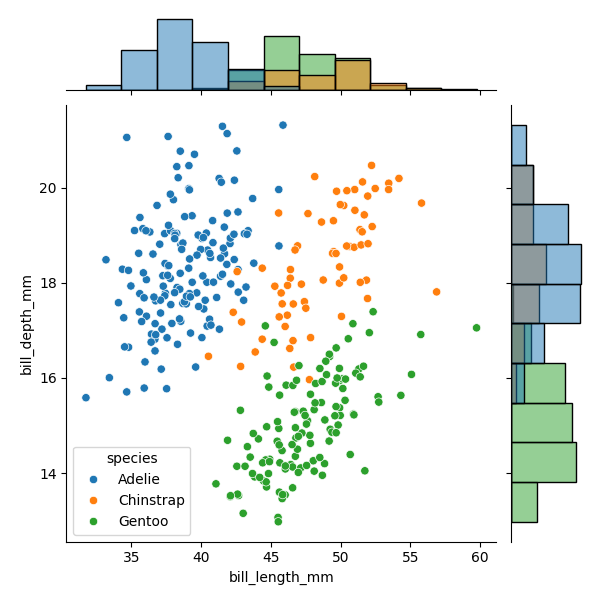
python, seaborn, JointGrid, scatterplot, histplot, hue